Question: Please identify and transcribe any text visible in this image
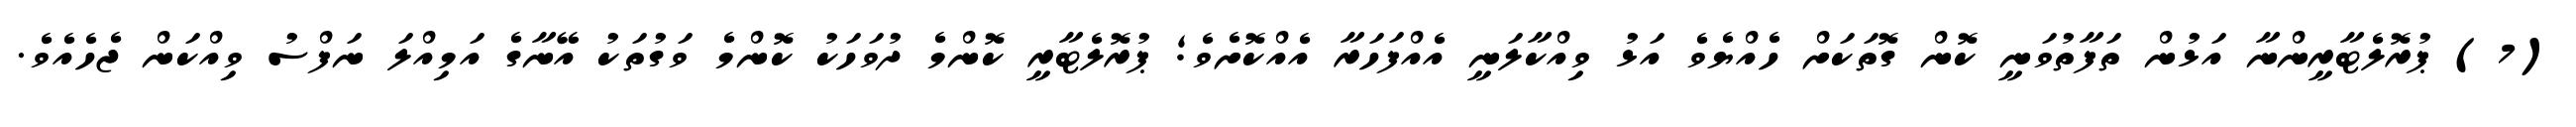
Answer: (7) ޕުރޮލެޓާރީންނާ އަޅުން ތަފާތުވަނީ ކޮން ގޮތަކަށް ހެއްޔެވެ އަޅު ވިއްކާލަނީ އެއްފަހަރާ އެއްކޮށެވެ; ޕުރޮލެޓާރީ ކޮންމެ ދުވަހަކު ކޮންމެ ވަގުތަކު އޭނާގެ އަމިއްލަ ނަފްސު ވިއްކަން ޖެހެއެވެ.